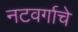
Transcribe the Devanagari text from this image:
नटवर्गाचे